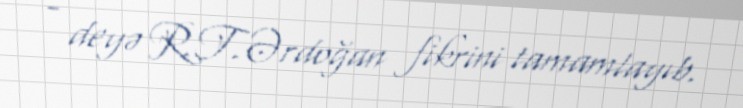
- deyə R.T.Ərdoğan fikrini tamamlayıb.